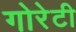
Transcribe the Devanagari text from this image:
गोरेटी